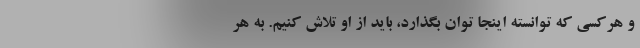
و هرکسی که توانسته اینجا توان بگذارد، باید از او تلاش کنیم. به هر